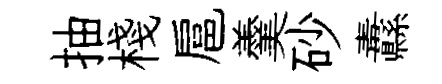
抽棧扈羹砂纛